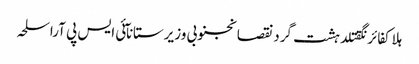
ہلاکفائرنگقتلدہشت گردنقصانجنوبی وزیرستانآئی ایس پی آراسلحہ